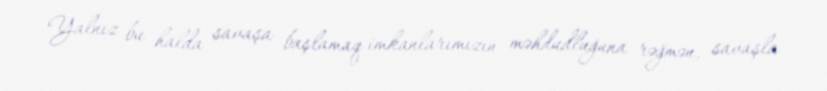
Yalnız bu halda savaşa başlamaq imkanlarımızın məhdudluğuna rəğmən, savaşla